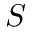
S